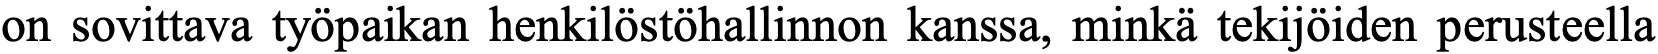
on sovittava työpaikan henkilöstöhallinnon kanssa, minkä tekijöiden perusteella